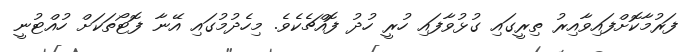
ފަރުމާކޮށްފައިވާއިރު ތިރީގައި ގުޅުވާފައި ހުރީ ހުދު ފޮއްޗެކެވެ. މިހެދުމުގައި އޭނާ ފޮޓޯތަކަށް ހުއްޓުނީ